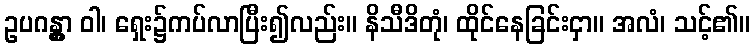
ဥပဂန္တွာ ဝါ၊ ရှေး၌ကပ်လာပြီး၍လည်း။ နိသီဒိတုံ၊ ထိုင်နေခြင်းငှာ။ အလံ၊ သင့်၏။